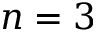
n = 3